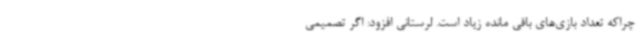
چراکه تعداد بازی‌های باقی مانده زیاد است. لرستانی افزود: اگر تصمیمی